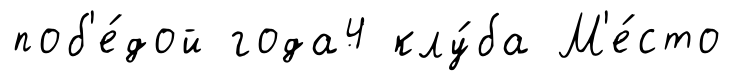
поб'е́дой года4 клу́ба М'е́сто